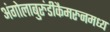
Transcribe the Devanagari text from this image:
अंगोलाबुरुंडीकैमरुनमध्य